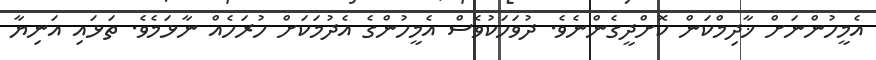
އެމީހުންނަށް ޚާދިމްކަން ކޮށްދީގެންނެވެ. ދުވަހަކުވެސް އެމީހުންގެ އެދުމަކަށް ހުރަހެއް ނާޅަމެވެ. ތަޅައި އަނިޔާ